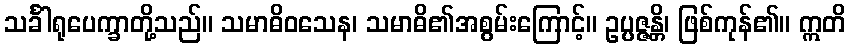
သင်္ခါရုပေက္ခာတို့သည်။ သမာဓိဝသေန၊ သမာဓိ၏အစွမ်းကြောင့်။ ဥပ္ပဇ္ဇန္တိ၊ ဖြစ်ကုန်၏။ ဣတိ